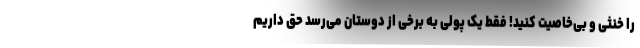
را خنثی و بی‌خاصیت کنید! فقط یک پولی به برخی از دوستان می‌رسد حق داریم